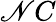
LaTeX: \mathscr{N}C